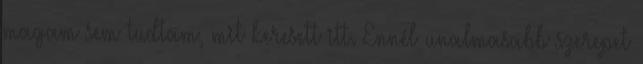
magam sem tudtam, mit keresett itt. Ennél unalmasabb szerepet